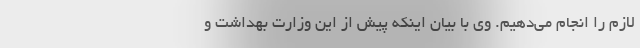
لازم را انجام می‌دهیم. وی با بیان اینکه پیش از این وزارت بهداشت و